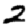
Digit: 2